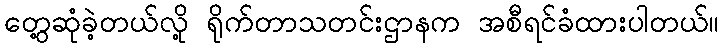
တွေ့ဆုံခဲ့တယ်လို့ ရိုက်တာသတင်းဌာနက အစီရင်ခံထားပါတယ်။